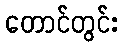
တောင်တွင်း